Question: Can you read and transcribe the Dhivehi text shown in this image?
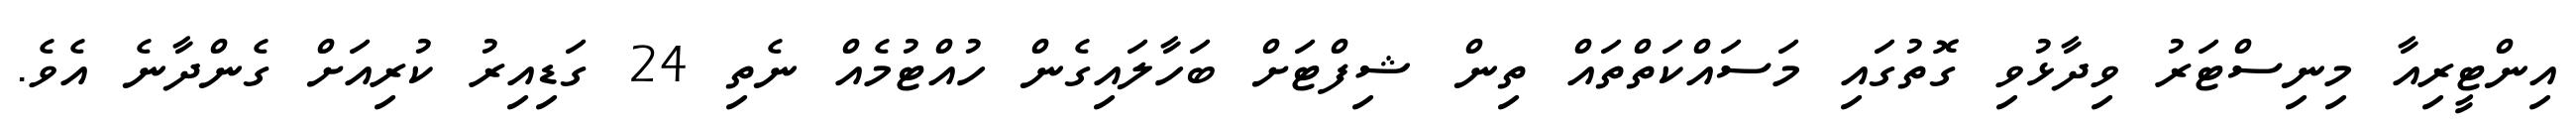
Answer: އިންޓީރިއާ މިނިސްޓަރު ވިދާޅުވި ގޮތުގައި މަސައްކަތްތައް ތިން ޝިފްޓަށް ބަހާލައިގެން ހުއްޓުމެއް ނެތި 24 ގަޑިއިރު ކުރިއަށް ގެންދާނެ އެވެ.